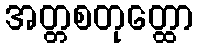
အတ္တစတုတ္ထော